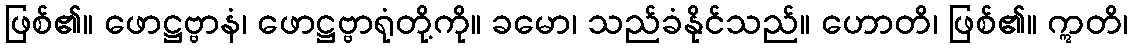
ဖြစ်၏။ ဖောဋ္ဌဗ္ဗာနံ၊ ဖောဋ္ဌဗ္ဗာရုံတို့ကို။ ခမော၊ သည်ခံနိုင်သည်။ ဟောတိ၊ ဖြစ်၏။ ဣတိ၊